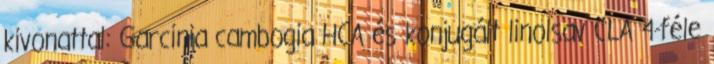
kivonattal: Garcinia cambogia HCA és konjugált linolsav CLA 4-féle